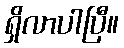
ရှိလာပါပြီ။